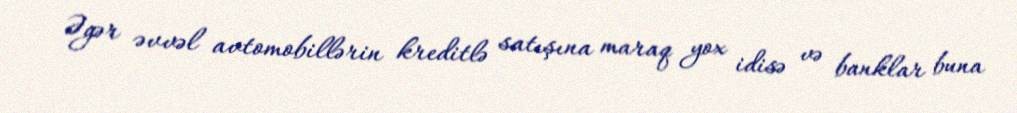
Əgər əvvəl avtomobillərin kreditlə satışına maraq yox idisə və banklar buna